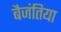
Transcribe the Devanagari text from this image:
बैजंतिया